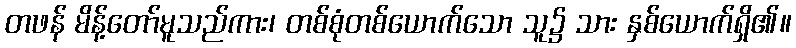
တဖန် မိန့်တော်မူသည်ကား၊ တစ်စုံတစ်ယောက်သော သူ၌ သား နှစ်ယောက်ရှိ၏။